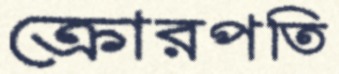
ক্রোরপতি